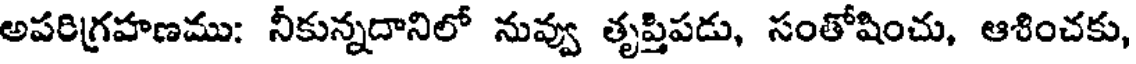
అపరిగ్రహణము: నీకున్నదానిలో నువ్వు తృప్తిపడు, సంతోషించు, ఆశించకు,